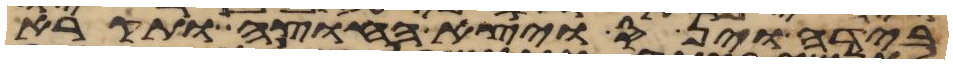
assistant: בידה וינס ויצא החוצה ותקרא